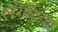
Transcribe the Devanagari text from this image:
लंगाटाचा